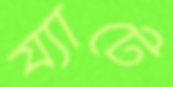
য্যাটে